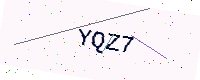
Text: YQZ7